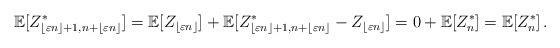
LaTeX: \begin{align*}\mathbb E[Z^*_{\lfloor\varepsilon n\rfloor+1,n+\lfloor \varepsilon n\rfloor}]=\mathbb E[Z_{\lfloor\varepsilon n\rfloor}]+\mathbb E[Z^*_{\lfloor\varepsilon n\rfloor+1,n+\lfloor \varepsilon n\rfloor}-Z_{\lfloor\varepsilon n\rfloor}]=0+\mathbb E[Z_n^*]=\mathbb E[Z_n^*]\, .\end{align*}